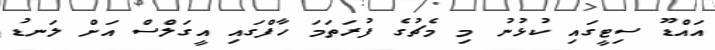
އައްޑޫ ސިޓީގައި ކުޅުނު މި މެޗުގެ ފުރަތަމަ ހާފްގައި އީގަލްސް އަށް ލަނޑު